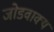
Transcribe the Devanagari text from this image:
जोडवाक्य